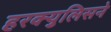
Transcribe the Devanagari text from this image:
हरक्युलिसने